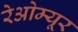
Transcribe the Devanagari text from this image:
रेओम्यूर